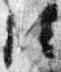
位